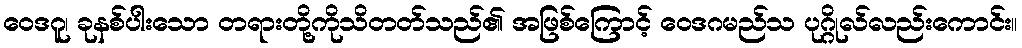
ဝေဒဂူ၊ ခုနစ်ပါးသော တရားတို့ကိုသိတတ်သည်၏ အဖြစ်ကြောင့် ဝေဒဂမည်သ ပုဂ္ဂိုလ်လည်းကောင်း။